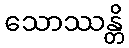
သောဿန္တိ